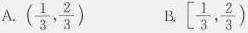
A. ( \frac{1}{3}, \frac{2}{3}) B. \left[ \frac{1}{3}, \frac{2}{3})